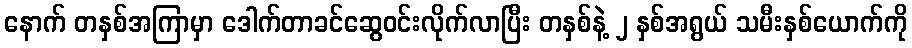
နောက် တနှစ်အကြာမှာ ဒေါက်တာခင်ဆွေဝင်းလိုက်လာပြီး တနှစ်နဲ့ ၂ နှစ်အရွယ် သမီးနှစ်ယောက်ကို